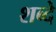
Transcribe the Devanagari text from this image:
शब्दे